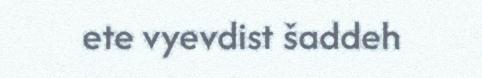
ete vyevdist šaddeh